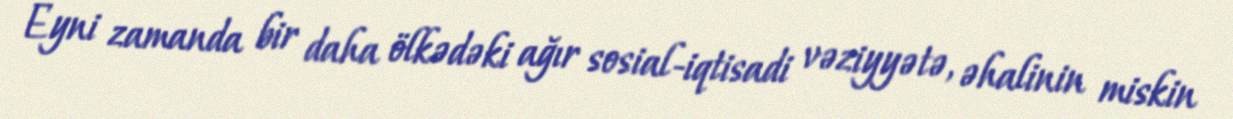
Eyni zamanda bir daha ölkədəki ağır sosial-iqtisadi vəziyyətə, əhalinin miskin